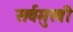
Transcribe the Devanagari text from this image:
सर्वमुखी